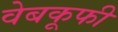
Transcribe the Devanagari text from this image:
वेबकूफी